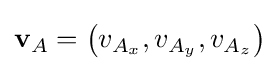
\mathbf {v} _{A}=\left(v_{A_{x}},v_{A_{y}},v_{A_{z}}\right)